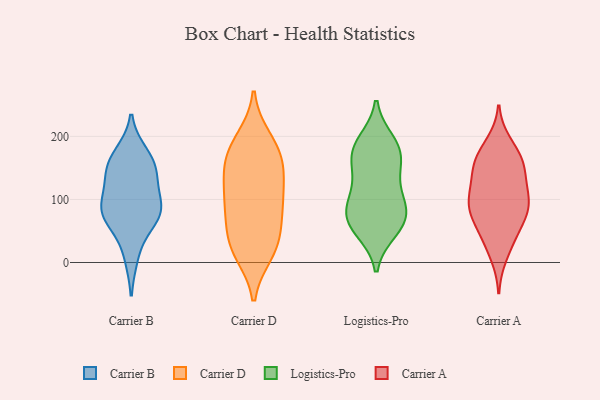
{"axis": {"x": "Net Income (USD K)", "y": "Value"}, "legend": ["Carrier A", "Carrier B", "Carrier D", "Logistics-Pro"], "data": [{"x": "", "y": 155, "type": "Carrier B"}, {"x": "", "y": 171, "type": "Carrier B"}, {"x": "", "y": 141, "type": "Carrier B"}, {"x": "", "y": 155, "type": "Carrier B"}, {"x": "", "y": 120, "type": "Carrier B"}, {"x": "", "y": 84, "type": "Carrier B"}, {"x": "", "y": 11, "type": "Carrier B"}, {"x": "", "y": 80, "type": "Carrier B"}, {"x": "", "y": 82, "type": "Carrier B"}, {"x": "", "y": 81, "type": "Carrier B"}, {"x": "", "y": 67, "type": "Carrier B"}, {"x": "", "y": 102, "type": "Carrier D"}, {"x": "", "y": 144, "type": "Carrier D"}, {"x": "", "y": 29, "type": "Carrier D"}, {"x": "", "y": 23, "type": "Carrier D"}, {"x": "", "y": 73, "type": "Carrier D"}, {"x": "", "y": 148, "type": "Carrier D"}, {"x": "", "y": 16, "type": "Carrier D"}, {"x": "", "y": 195, "type": "Carrier D"}, {"x": "", "y": 176, "type": "Carrier D"}, {"x": "", "y": 31, "type": "Carrier D"}, {"x": "", "y": 112, "type": "Carrier D"}, {"x": "", "y": 183, "type": "Carrier D"}, {"x": "", "y": 158, "type": "Carrier D"}, {"x": "", "y": 97, "type": "Carrier D"}, {"x": "", "y": 74, "type": "Carrier D"}, {"x": "", "y": 76, "type": "Logistics-Pro"}, {"x": "", "y": 180, "type": "Logistics-Pro"}, {"x": "", "y": 107, "type": "Logistics-Pro"}, {"x": "", "y": 128, "type": "Logistics-Pro"}, {"x": "", "y": 152, "type": "Logistics-Pro"}, {"x": "", "y": 60, "type": "Logistics-Pro"}, {"x": "", "y": 191, "type": "Logistics-Pro"}, {"x": "", "y": 63, "type": "Logistics-Pro"}, {"x": "", "y": 92, "type": "Logistics-Pro"}, {"x": "", "y": 176, "type": "Logistics-Pro"}, {"x": "", "y": 173, "type": "Logistics-Pro"}, {"x": "", "y": 51, "type": "Logistics-Pro"}, {"x": "", "y": 78, "type": "Logistics-Pro"}, {"x": "", "y": 151, "type": "Carrier A"}, {"x": "", "y": 189, "type": "Carrier A"}, {"x": "", "y": 158, "type": "Carrier A"}, {"x": "", "y": 37, "type": "Carrier A"}, {"x": "", "y": 59, "type": "Carrier A"}, {"x": "", "y": 84, "type": "Carrier A"}, {"x": "", "y": 11, "type": "Carrier A"}, {"x": "", "y": 143, "type": "Carrier A"}, {"x": "", "y": 95, "type": "Carrier A"}, {"x": "", "y": 91, "type": "Carrier A"}, {"x": "", "y": 176, "type": "Carrier A"}, {"x": "", "y": 137, "type": "Carrier A"}, {"x": "", "y": 111, "type": "Carrier A"}, {"x": "", "y": 44, "type": "Carrier A"}, {"x": "", "y": 83, "type": "Carrier A"}, {"x": "", "y": 108, "type": "Carrier A"}, {"x": "", "y": 164, "type": "Carrier A"}, {"x": "", "y": 84, "type": "Carrier A"}]}